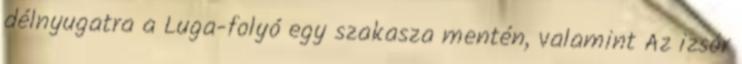
délnyugatra a Luga-folyó egy szakasza mentén, valamint Az izsór